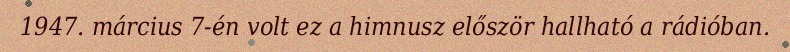
1947. március 7-én volt ez a himnusz először hallható a rádióban.